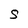
Character: S